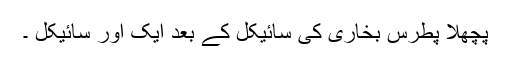
پچھلا پطرس بخاری کی سائیکل کے بعد ایک اور سائیکل ۔